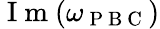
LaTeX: \mathrm{~I~m~}(\omega_{\mathrm{~P~B~C~}})